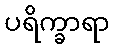
ပရိက္ခာရာ